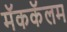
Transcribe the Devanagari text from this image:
मॅककॅलम